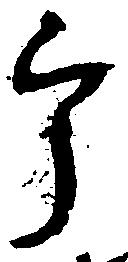
郎